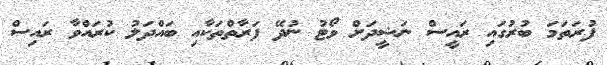
ފުރަތަމަ ބުރުގައި ރައީސް ނަޝީދަށް ވޯޓު ނުދޭ ފަރާތްތަކާއި ބައްދަލު ކުރައްވާ ރައިސް